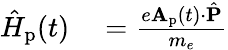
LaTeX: \begin{array}{rl}{\hat{H}_{\textrm{p}}(t)}&{{}=\frac{e\mathbf{A}_{\textrm{p}}(t)\cdot\hat{\mathbf{P}}}{m_{e}}}\end{array}